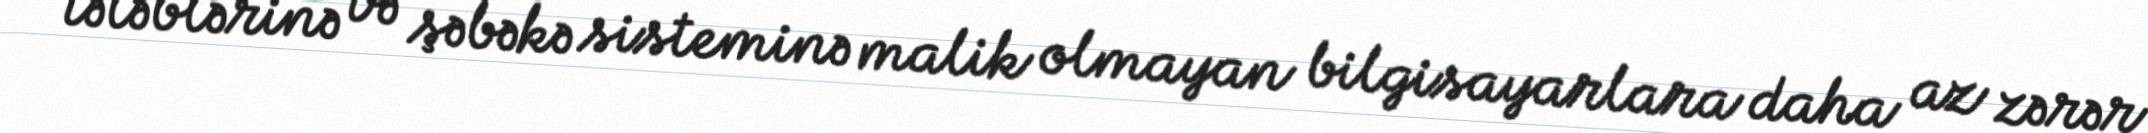
tələblərinə və şəbəkə sisteminə malik olmayan bilgisayarlara daha az zərər